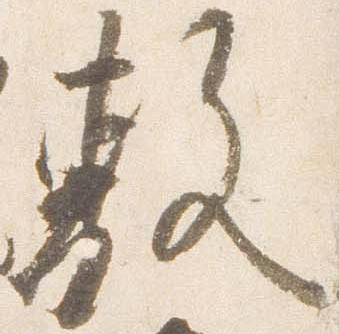
敷